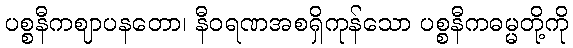
ပစ္စနီကဈာပနတော၊ နီဝရဏအစရှိကုန်သော ပစ္စနီကဓမ္မတို့ကို